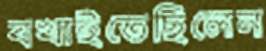
বখাইতেছিলেন